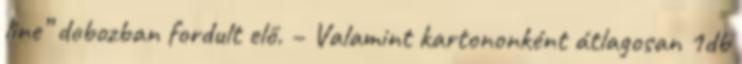
line” dobozban fordult elő. – Valamint kartononként átlagosan 1db